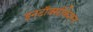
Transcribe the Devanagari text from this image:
इनटॉक्सीकेशन